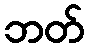
ဘတ်